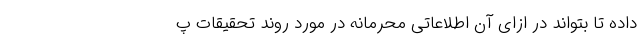
داده تا بتواند در ازای آن اطلاعاتی محرمانه در مورد روند تحقیقات پ